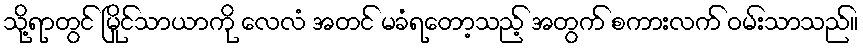
သို့ရာတွင် မြိုင်သာယာကို လေလံ အတင် မခံရတော့သည့် အတွက် စကားလက် ဝမ်းသာသည်။